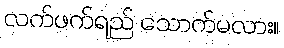
လက်ဖက်ရည် သောက်မလား။